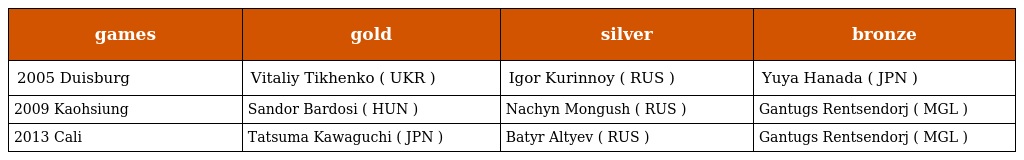
| games | gold | silver | bronze |
 | --- | --- | --- | --- |
 | 2005 Duisburg | Vitaliy Tikhenko ( UKR ) | Igor Kurinnoy ( RUS ) | Yuya Hanada ( JPN ) |
 | 2009 Kaohsiung | Sandor Bardosi ( HUN ) | Nachyn Mongush ( RUS ) | Gantugs Rentsendorj ( MGL ) |
 | 2013 Cali | Tatsuma Kawaguchi ( JPN ) | Batyr Altyev ( RUS ) | Gantugs Rentsendorj ( MGL ) |